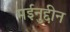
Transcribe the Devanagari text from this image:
मईनुद्दीन